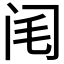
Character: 𨸃